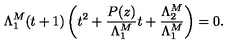
\Lambda _ { 1 } ^ { M } ( t + 1 ) \left( t ^ { 2 } + \frac { P ( z ) } { \Lambda _ { 1 } ^ { M } } t + \frac { \Lambda _ { 2 } ^ { M } } { \Lambda _ { 1 } ^ { M } } \right) = 0 .